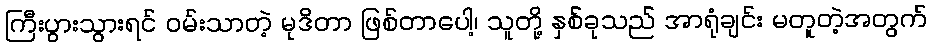
ကြီးပွားသွားရင် ဝမ်းသာတဲ့ မုဒိတာ ဖြစ်တာပေါ့၊ သူတို့ နှစ်ခုသည် အာရုံချင်း မတူတဲ့အတွက်